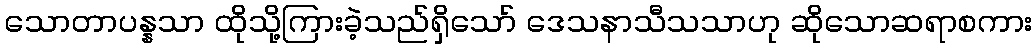
သောတာပန္နသာ ထိုသို့ကြားခဲ့သည်ရှိသော် ဒေသနာသီသသာဟု ဆိုသောဆရာစကား